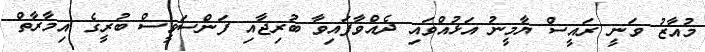
މުއާޒު ވަނީ ރައީސް ޔާމީނު އަޅުއްވައި ދެއްވާފައިވާ ބުރިޖާއި ފަންސަަވީސް ބުރީގެ އިމާރާތް